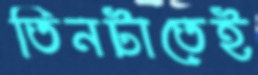
তিনটাতেই